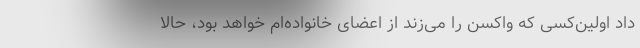
داد اولین‌کسی که واکسن را می‌زند از اعضای خانواده‌ام خواهد بود، حالا